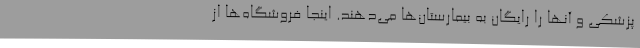
پزشکی و آنها را رایگان به بیمارستان‌ها می‌دهند. اینجا فروشگاه‌ها از